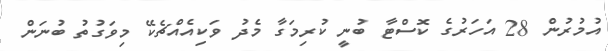
އުމުރުން 28 އަހަރުގެ ކޮސްޓާ ބުނީ ކުރިމަގާ މެދު ވަކިއެއްޗެކޭ މިވަގުތު ބުނަން